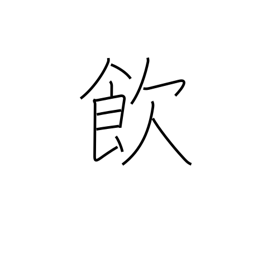
Meaning: take